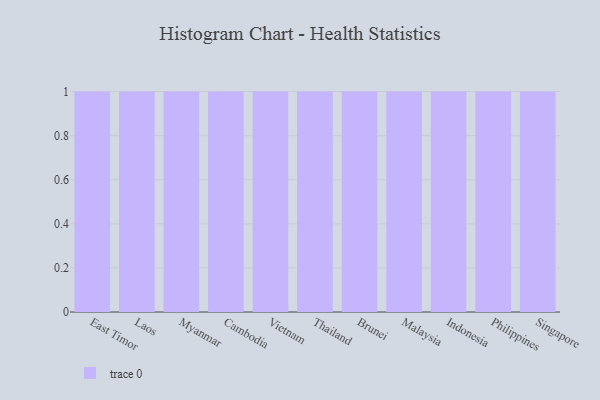
{"axis": {"x": "Country", "y": "Page Views"}, "legend": [""], "data": [{"x": "East Timor", "y": 59, "type": ""}, {"x": "Laos", "y": 52, "type": ""}, {"x": "Myanmar", "y": 55, "type": ""}, {"x": "Cambodia", "y": 32, "type": ""}, {"x": "Vietnam", "y": 30, "type": ""}, {"x": "Thailand", "y": 77, "type": ""}, {"x": "Brunei", "y": 18, "type": ""}, {"x": "Malaysia", "y": 21, "type": ""}, {"x": "Indonesia", "y": 10, "type": ""}, {"x": "Philippines", "y": 68, "type": ""}, {"x": "Singapore", "y": 25, "type": ""}]}